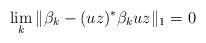
LaTeX: \begin{align*}\lim_{k}{\|\beta_k - (uz)^*\beta_k uz\|_1} =0 \end{align*}